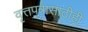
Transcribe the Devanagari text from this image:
वृत्तपत्रासाठीही